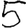
Digit: 5